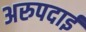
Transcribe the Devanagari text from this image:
अरुपदाई